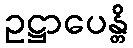
ဥဋ္ဌာပေန္တိ